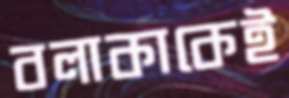
বলাকাকেই